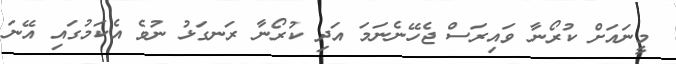
މީނައަށް ކުރޯނާ ވައިރަސް ޖެހޭނެނަމަ އަދި ކުރޯނާ ރަނގަޅު ނުވެ އެކަމުގައި އޭނަ